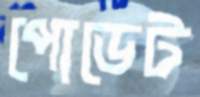
পোডেট